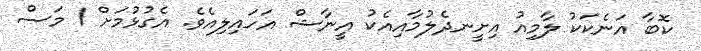
ކޮބާ އަނެކަކު ލާމިއު އިށީނދެލުމާއިއެކު އީނާޝް އަހައިލިއެވެ. އެގުޅުމަށް 1 މަސް